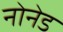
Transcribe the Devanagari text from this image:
नोनेड